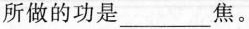
所做的功是___焦。